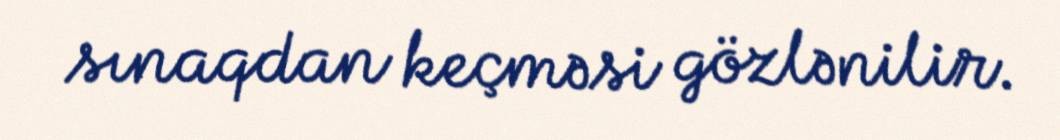
sınaqdan keçməsi gözlənilir.